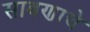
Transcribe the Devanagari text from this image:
साबणाचे